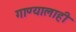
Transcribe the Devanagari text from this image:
गाण्यालाही